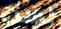
لست